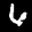
Label: 6